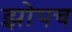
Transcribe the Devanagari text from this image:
झोपच